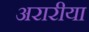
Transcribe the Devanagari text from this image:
अरारीया